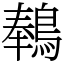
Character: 䳞